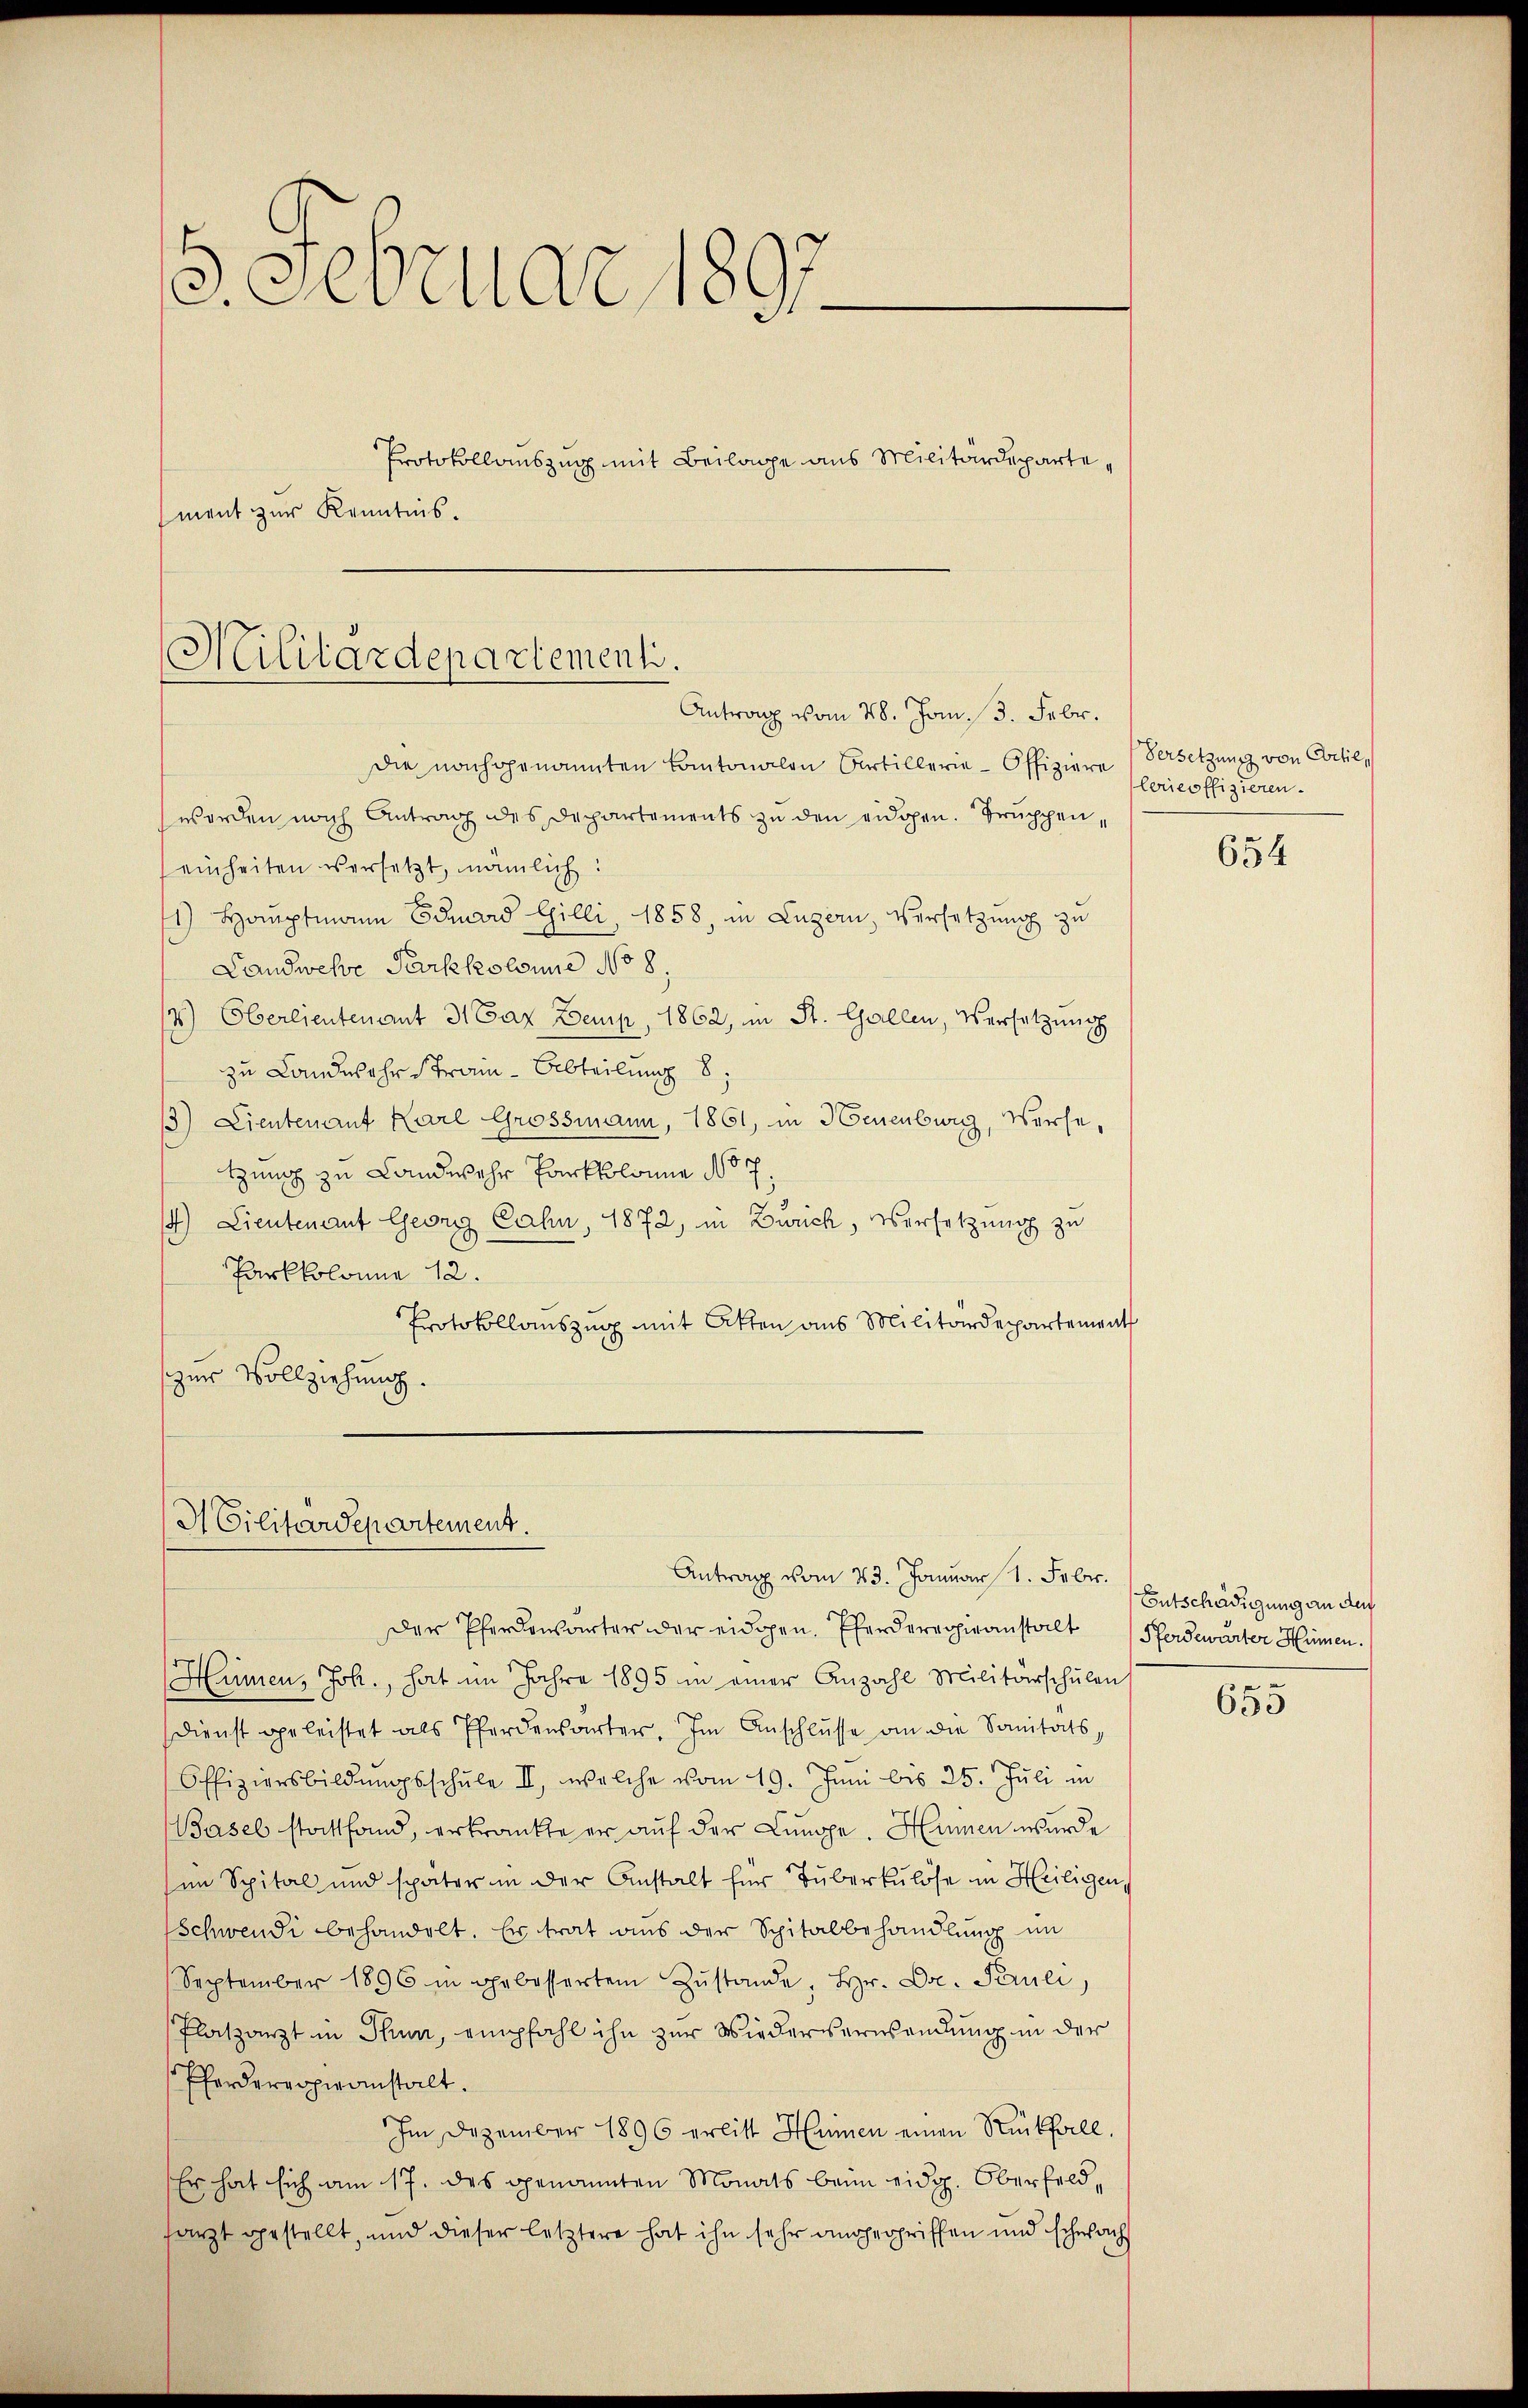
5. Februar 1897
Protokollauszug mit Beilage aus Militärdepartement zur Kenntnis.

Militärdepartementi.
Antrag vom 28. Jan. 13. Febr.

Die nachgenannten Cantonalen Curtillerie-Offiziere
werden nach Antrag des Departements zu den eidgen. Truppeneinheiten versetzt, nämlich:
1) Hauptmann Eduard Gilli, 1858, in Luzern, Versetzung zu
Landwesse Parkkolonne No 8.
) Oberlieutenant 31 Par Demis, 1862, in St. Gallen, Versetzung
zu Landwehr strain - Abteilung 8
13) Lieutenant Karl Grossmann, 1861, in Neuenburg, Werte,
tzung zu Landwehr Parkkolonie No 7
4.) Lieutenant Georg Cahn, 1872, in Zürich, Versetzung zu
Parkkolonne 12.
Protokollauszug mit Atten aus Militärdepartement
zur Vollziehung.

I Cilitärdepartement.

Antrag vom 23. Januar 1. Febr.

Der Pferdensarter der eidgen. Pferderepiranstalt Pferdewärter Himmen.
Hümen, Joh., hat im Jahre 1895 in einer Anzahl Militärschulen
Dienst geleistet als Pferdensarter. Im Anschlŭsse an die Sanitäts¬
Offiziersbildŭngsschŭle II., welche vom 19. Juni bis 25. Jŭli in
Basel stattfand, erkrankte er auf der Lunge. Himmen wurde
(im Spital und später in der Anstalt für Tuberkulöse in Heiligen,
Schwendi behandelt. Er trat aus der Spitalbehandlung im
September 1896 in gebesserten Zŭstande, Hr. Dr. Peruli,
Platzarzt in Thun, empfahl ihn zur Wiederverwendung in der
Pferderoperanstalt.
Im Dezember 1896 erlitt Hunnen einen Rückfall.
Er hat sich am 17. des genannten Monats beim eidg. Oberfeldsarzt gestellt, und dieser letztere hat ihn sehr angegriffen und schwachs

Versetzung von Citil,
lerieoffizieren.

654

Entschädigung an der
e

653